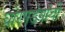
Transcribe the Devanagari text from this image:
घोरपडेयांची